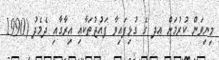
މިނިވަން ކުރުމަށް އދ ގެ ގުޅިފައިވާ ފައުޖުތަކާއި އިރާގާއި ދެމެދު (1990